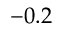
- 0 . 2